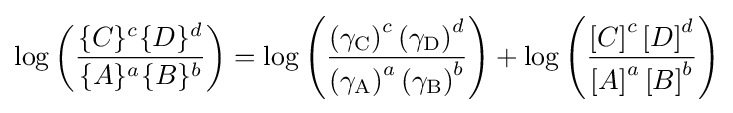
\log \left({\frac {\{C\}^{c}\{D\}^{d}}{\{A\}^{a}\{B\}^{b}}}\right)=\log \left({\frac {\left({\gamma _{\text{C}}}\right)^{c}\left({\gamma _{\text{D}}}\right)^{d}}{\left({\gamma _{\text{A}}}\right)^{a}\left({\gamma _{\text{B}}}\right)^{b}}}\right)+\log \left({\frac {\left[C\right]^{c}\left[D\right]^{d}}{\left[A\right]^{a}\left[B\right]^{b}}}\right)